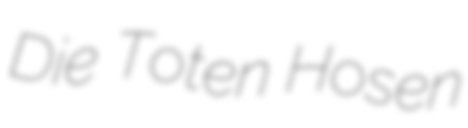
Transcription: Die Toten Hosen